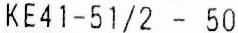
KE41-51/2 - 50